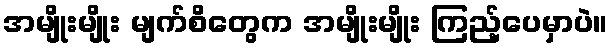
အမျိုးမျိုး မျက်စိတွေက အမျိုးမျိုး ကြည့်ပေမှာပဲ။